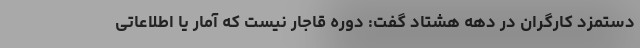
دستمزد کارگران در دهه هشتاد گفت: دوره قاجار نیست که آمار یا اطلاعاتی